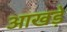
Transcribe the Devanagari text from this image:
आखड़े